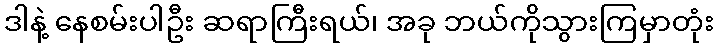
ဒါနဲ့ နေစမ်းပါဦး ဆရာကြီးရယ်၊ အခု ဘယ်ကိုသွားကြမှာတုံး